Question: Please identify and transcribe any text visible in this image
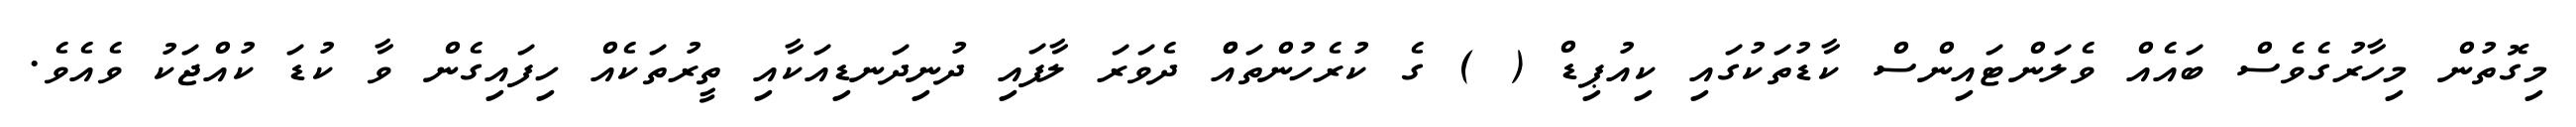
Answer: މިގޮތުން މިހާރުގެވެސް ބައެއް ވެލަންޓައިންސް ކާޑުތަކުގައި ކިއުޕިޑް ( ) ގެ ކުރެހުންތައްް ދެވަރަ ލާފައި ދުނިދަނޑިއަކާއި ތީރުތަކެއް ހިފައިގެން ވާ ކުޑަ ކުއްޖަކު ވެއެވެ.